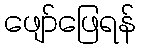
ဖျော်ဖြေရန်